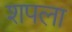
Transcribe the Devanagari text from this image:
शपला